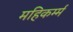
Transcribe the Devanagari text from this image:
महिकर्म्म